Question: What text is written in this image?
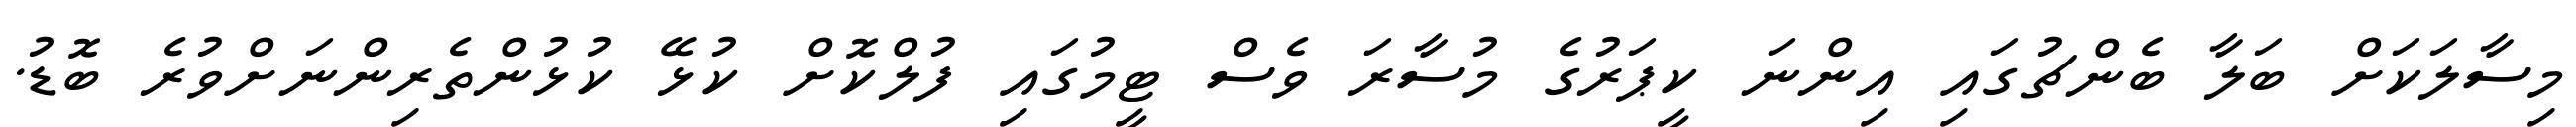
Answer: މިސާލަކަށް ބަލާ ބެންޗުގައި އިންނަ ކީޕަރުގެ މުސާރަ ވެސް ޓީމުގައި ފުލްކޮށް ކުޅޭ ކުޅުންތެރިންނަށްވުރެ ބޮޑު.